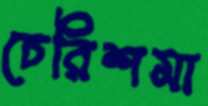
চেরিশমা